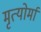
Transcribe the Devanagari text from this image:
मृत्योर्मा